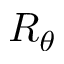
R _ { \theta }